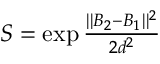
\begin{array} { r } { S = \exp { \frac { | | B _ { 2 } - B _ { 1 } | | ^ { 2 } } { 2 d ^ { 2 } } } } \end{array}